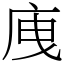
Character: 㡼